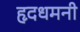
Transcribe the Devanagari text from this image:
हृदधमनी